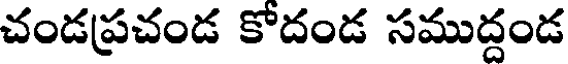
చండప్రచండ కోదండ సముద్దండ